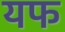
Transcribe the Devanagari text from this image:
यफ